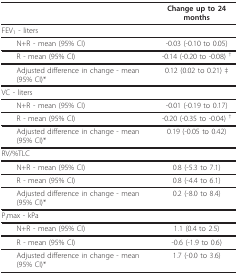
|  | Change up to 24 months |
 | --- | --- |
 | FEV1 - liters |  |
 | N+R - mean (95% CI) | -0.03 (-0.10 to 0.05) |
 | R - mean (95% CI) | -0.14 (-0.20 to -0.08) † |
 | Adjusted difference in change - mean (95% CI)* | 0.12 (0.02 to 0.21) ‡ |
 | VC - liters |  |
 | N+R - mean (95% CI) | -0.01 (-0.19 to 0.17) |
 | R - mean (95% CI) | -0.20 (-0.35 to -0.04) † |
 | Adjusted difference in change - mean (95% CI)* | 0.19 (-0.05 to 0.42) |
 | RV/%TLC |  |
 | N+R - mean (95% CI) | 0.8 (-5.3 to 7.1) |
 | R - mean (95% CI) | 0.8 (-4.4 to 6.1) |
 | Adjusted difference in change - mean (95% CI)* | 0.2 (-8.0 to 8.4) |
 | PImax - kPa |  |
 | N+R - mean (95% CI) | 1.1 (0.4 to 2.5) |
 | R - mean (95% CI) | -0.6 (-1.9 to 0.6) |
 | Adjusted difference in change - mean (95% CI)* | 1.7 (-0.0 to 3.6) |